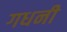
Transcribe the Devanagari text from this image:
गधनी